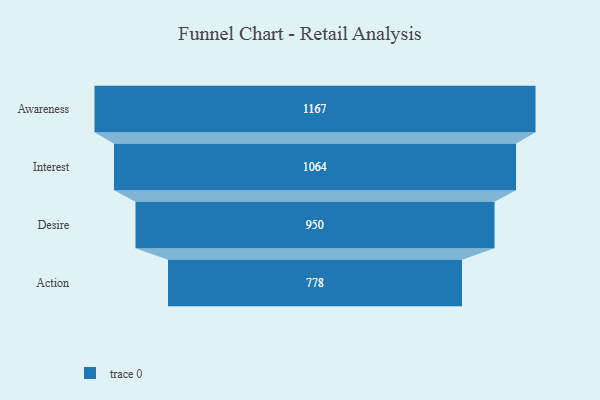
{"axis": {"x": "Stage", "y": "Value"}, "legend": [""], "data": [{"x": "Awareness", "y": 1167.0, "type": ""}, {"x": "Interest", "y": 1064.0, "type": ""}, {"x": "Desire", "y": 950.0, "type": ""}, {"x": "Action", "y": 778.0, "type": ""}]}